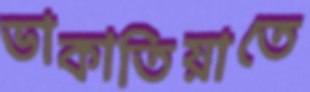
ডাকাতিয়াতে